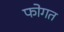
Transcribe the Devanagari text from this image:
फोगत